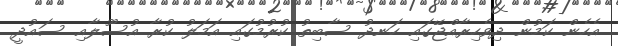
އެހެން ކަމުން ދިވެހިރާއްޖޭގައި ހަނދު ސާބިތު ކުރުމުގައި އަމަލު ކުރާ އުސޫލާއި ސައުދީ